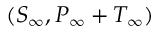
( S _ { \infty } , P _ { \infty } + T _ { \infty } )